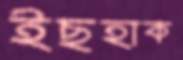
ইছহাক